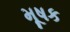
મૂષક